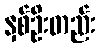
နှစ်ဦးတည်း